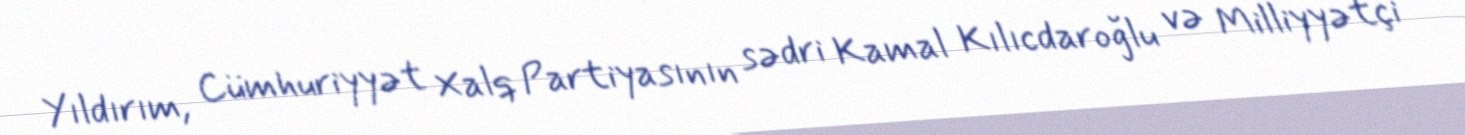
Yıldırım, Cümhuriyyət Xalq Partiyasının sədri Kamal Kılıcdaroğlu və Milliyyətçi